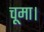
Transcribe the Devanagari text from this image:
चूमा।